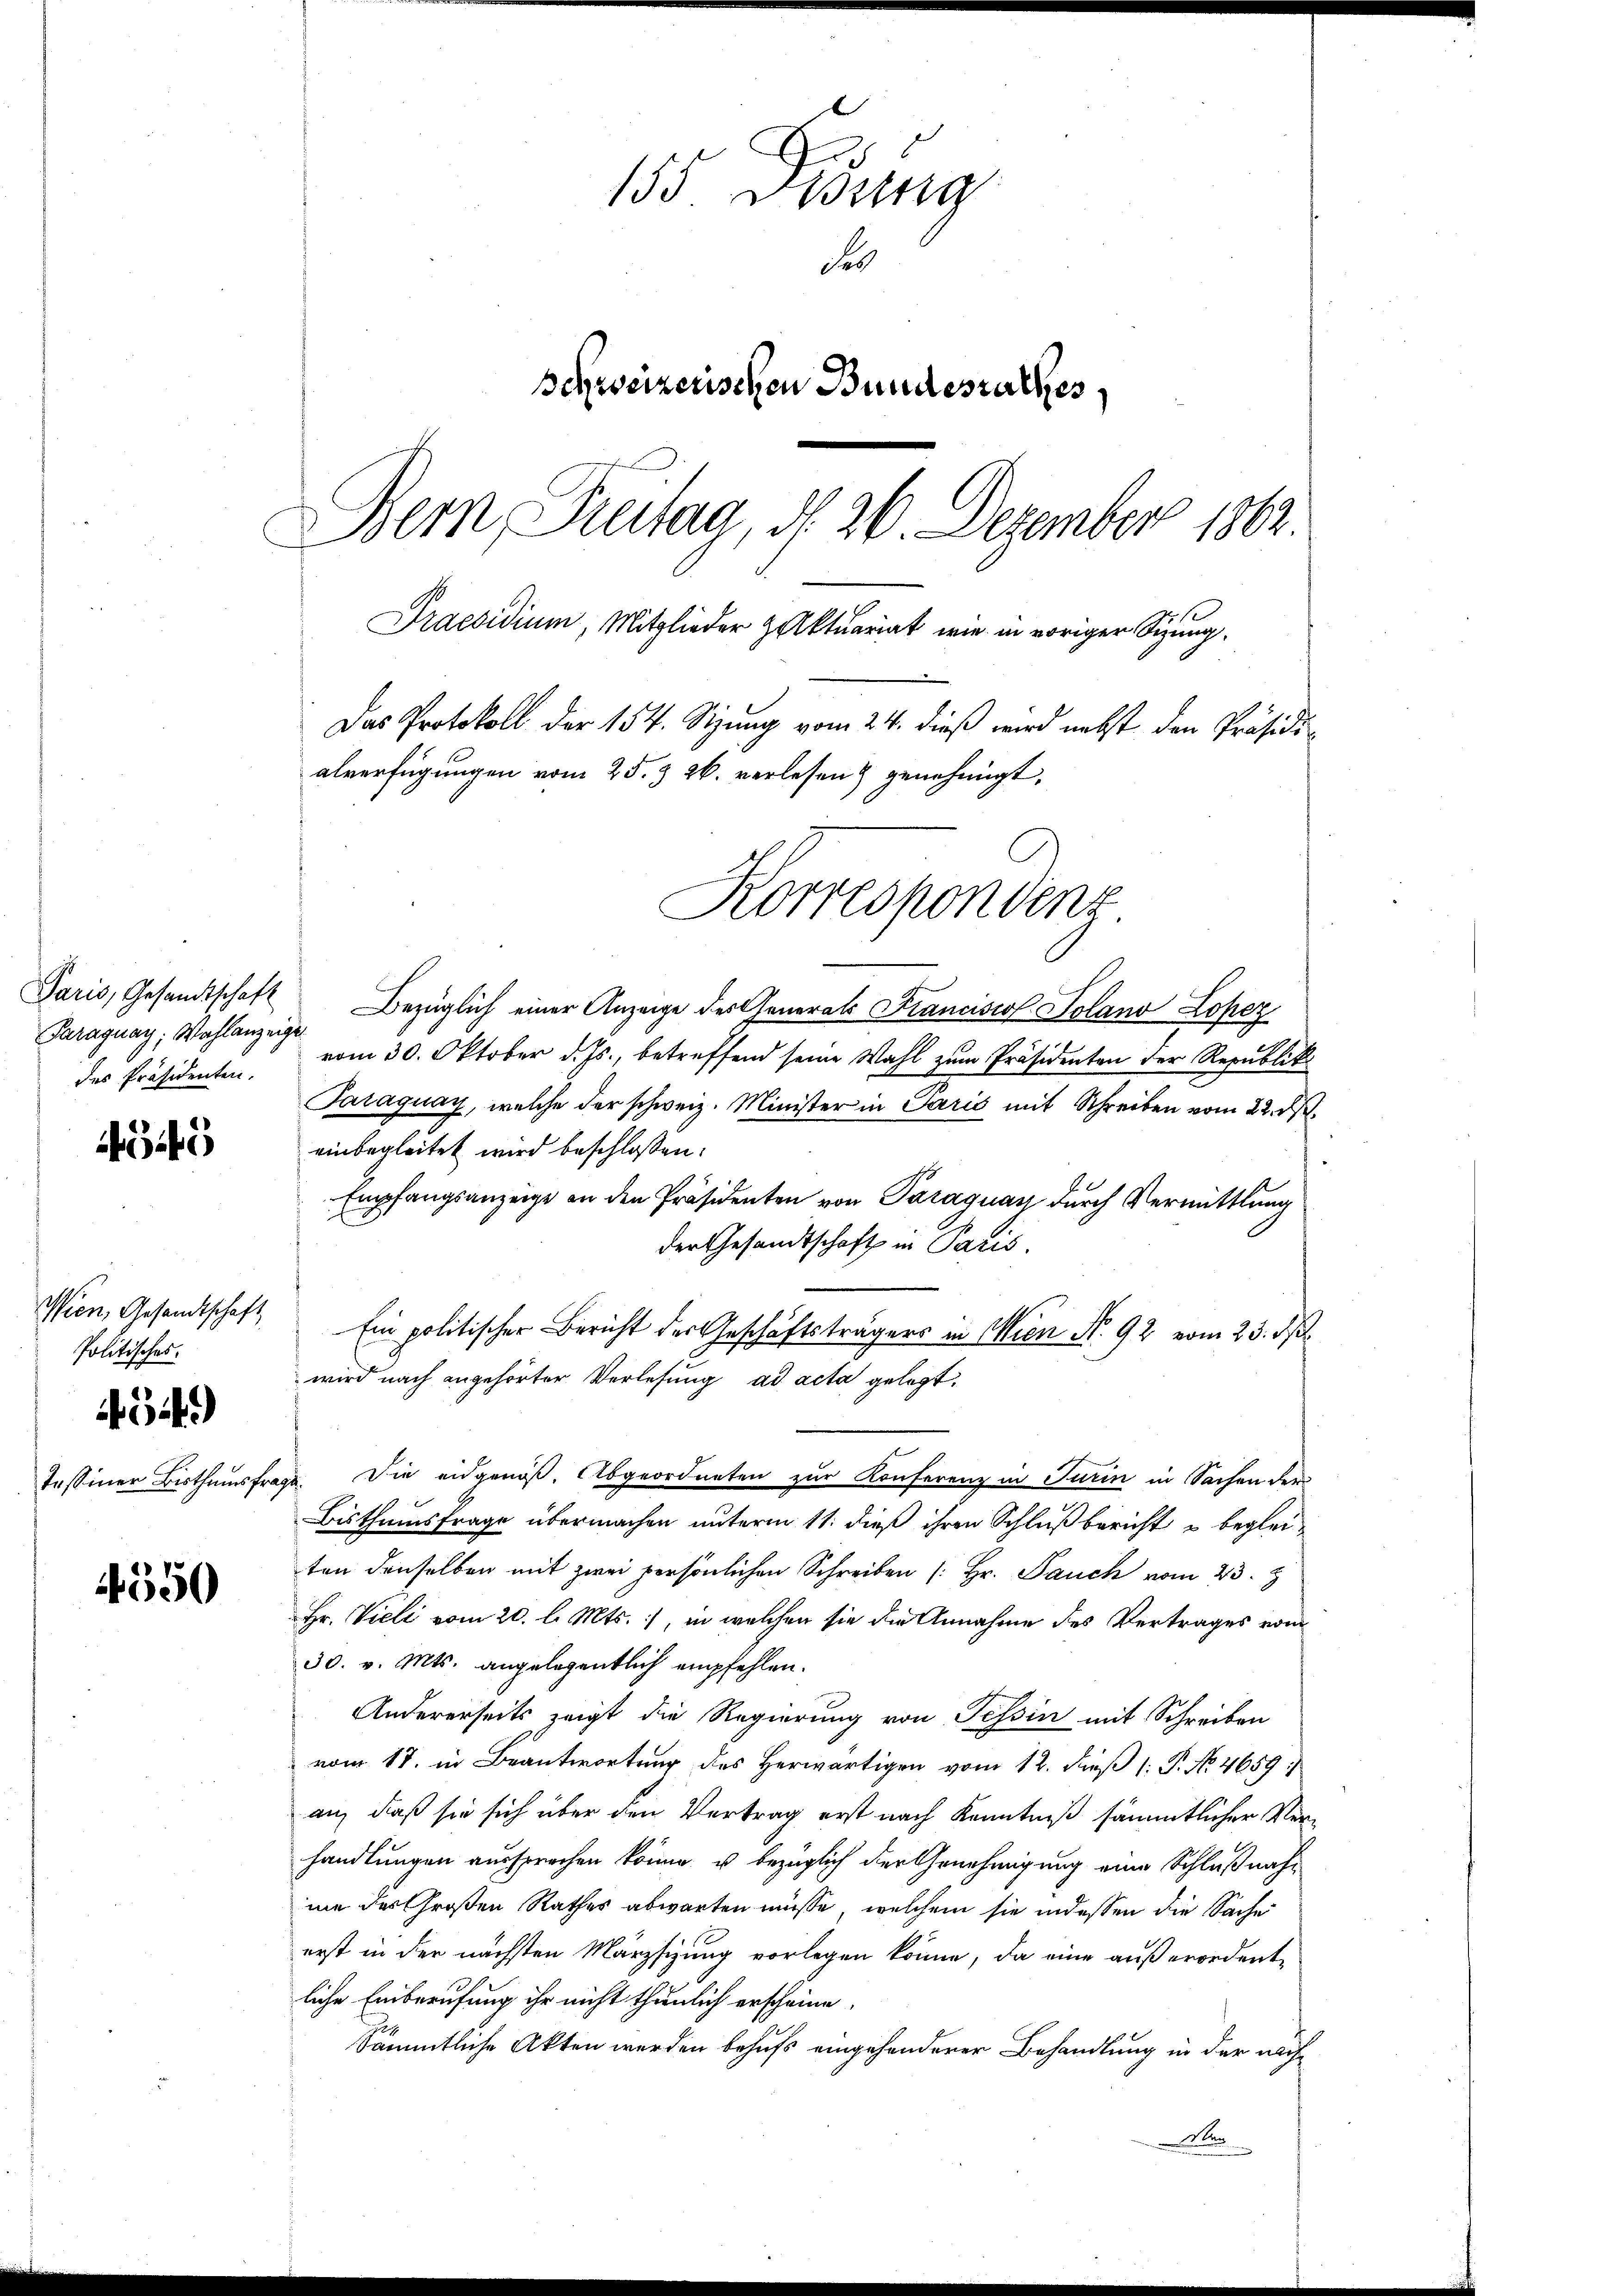
Paraguay; Wahlanzeige.
des Präsidenten.

i

4550

155 Didung
Se
sehweizerischen Bundesrathes,
Bern, Treitag, d. 26. Dezember 1862.
Praesidium, Mitglieder zalktuariat wie in voriger Sitzung.
Das Protokoll der 154. Sizung vom 24. dieß wird nebst den Präsidialverfügungen vom 25. & 26. verlesen & genehmigt,

Wien, Gesandtschaft,
Politisches.
41)

Korrespondenz

Paris, Gesandtschaft Bezüglich einer Anzeige der Generals Francisco Solano Loper
vom 30. Oktober d. Js., betreffend seine Wahl zum Präsidenten der Republik
Paraguay, welche der schweiz. Minister in Paris mit Schreiben vom 22. ds.
einbegleitet wird beschloßen:
Empfangsanzeige an den Präsidenten von Paraguay durch Vermittlung
der Gesandtschaft in Paris.
Ein politischer Bericht der Geschäftsträgers in Wien No. 92 vom 23. ds.
wird nach angehörter Verlesung ad acta gelegt.
Tessiner Bisthumsfrage. Die eidgenöß. Abgeordneten zur Konferenz in Turin in Sachen der
Bisthumsfrage übermachen unterm 11. dieß ihren Schluß bericht u beglei-
ten denselben mit zwei persönlichen Schreiben (: Hr. Pauck vom 23. J
Hr. Vieli vom 20. l. Mts., in welchen sie die Annahme des Vertrages vom
30. v. Mts. angelegentlich empfehlen.
Andererseits zeigt die Regierung von Tessin mit Schreiben
vom 17. in Beantwortung des Herwärtigen vom 12. dieß 1: P. No. 4659:
an, daß sie sich über den Vertrag erst nach Kenntniß sämmtlicher Ver-
handlungen aussprechen könne, u bezüglich der Genehmigung eine Schlußnahme des Großen Rathes abwarten müsse, welchem sie indessen die Sache
erst in der nächsten Märzsizung vorlegen könne, da eine außerordentliche Einberufung ihr nicht thunlich erscheine.
Sämmtliche Akten werden behufs eingesonderer Behandlung in der nächn